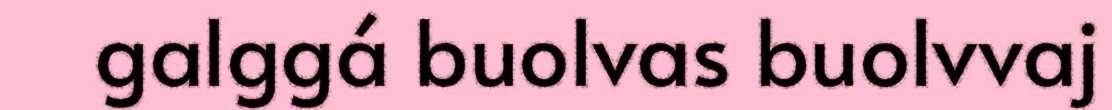
galggá buolvas buolvvaj